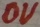
Text: 0V